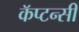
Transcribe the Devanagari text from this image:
कॅप्टन्सी